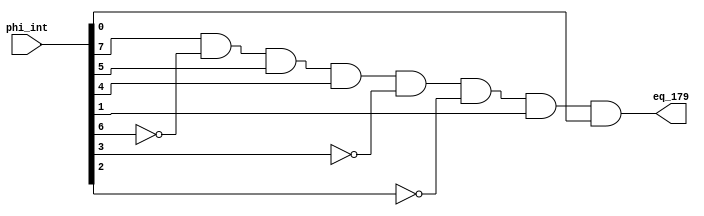



module equal_179(phi_int, eq_179);
		parameter msb_phi = 7;
		input[msb_phi:0] phi_int;
		output eq_179;
		
		// 179 = 0xB3 = 1011_0011
		assign eq_179 = (phi_int[7] & ~phi_int[6] & phi_int[5] & phi_int[4] & ~phi_int[3] & ~phi_int[2]
							& phi_int[1] & phi_int[0]);

endmodule